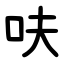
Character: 呋